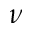
\nu